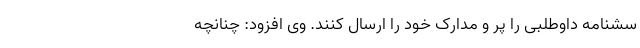
سشنامه داوطلبی را پر و مدارک خود را ارسال کنند. وی افزود: چنانچه